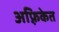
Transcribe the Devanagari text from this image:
अफ़्रिकेत